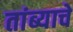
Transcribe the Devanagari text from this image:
तांब्याचें